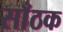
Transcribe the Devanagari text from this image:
साँठक